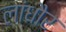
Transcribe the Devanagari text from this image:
लांधौर